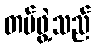
တပ်ဖွဲ့သည်